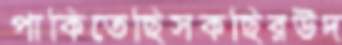
পাকিতেছিসকছিরউদ